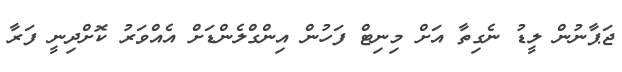
ޖަޕާނުން ލީޑު ނެގިތާ އަށް މިނިޓް ފަހުން އިންގްލެންޑަށް އެއްވަރު ކޮށްދިނީ ފަރާ